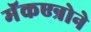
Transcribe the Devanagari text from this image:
मॅकएन्रोने